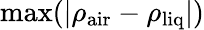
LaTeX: \mathrm{max}(|\rho_{\mathrm{air}}-\rho_{\mathrm{liq}}|)